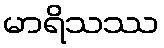
မာရိသဿ